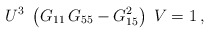
\begin{align*}U^3\; \left( G_{11}\, G_{55} - G_{15}^2 \right)\; V = 1\, ,\end{align*}